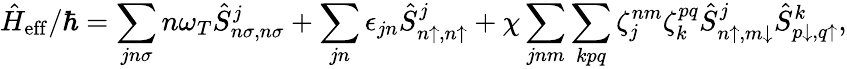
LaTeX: \hat{H}_{\mathrm{eff}}/\hbar=\sum_{jn\sigma}n\omega_{T}\hat{S}_{n\sigma,n\sigma}^{j}+\sum_{jn}\epsilon_{jn}\hat{S}_{n\uparrow,n\uparrow}^{j}+\chi\sum_{jnm}\sum_{kpq}\zeta_{j}^{nm}\zeta_{k}^{pq}\hat{S}_{n\uparrow,m\downarrow}^{j}\hat{S}_{p\downarrow,q\uparrow}^{k},